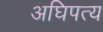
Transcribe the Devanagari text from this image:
अघिपत्य